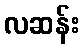
လဆန်း